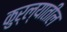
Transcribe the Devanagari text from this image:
कुर्ल्यातील